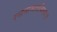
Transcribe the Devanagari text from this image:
रसनामात्रविषयः।